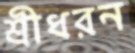
শ্রীধরন